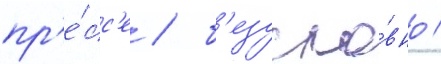
пр'е́сс'е / б'езусло́вно /